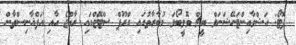
ފޮޓޯ: އަޝްވާއިންޓަނޭޝަނަލް ބީޗް ވޮލީބޯޅަ މުބާރާތުގައި ގްރޫޕް ސްޓޭޖްގައި ރާއްޖެ އާއި އަފްޣާނިސްތާން